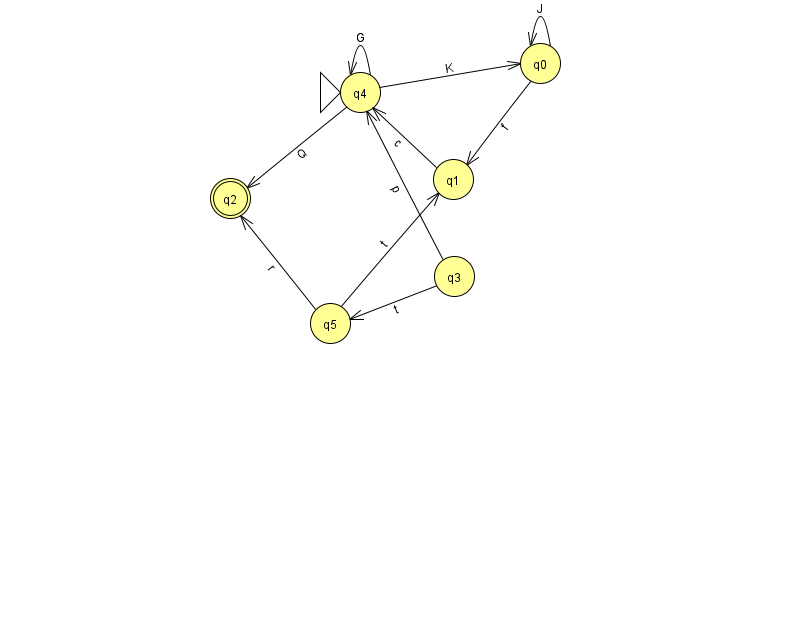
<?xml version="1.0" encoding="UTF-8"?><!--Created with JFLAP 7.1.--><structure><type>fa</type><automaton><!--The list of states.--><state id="0" name="q0"><x>540.0</x><y>50.0</y></state><state id="1" name="q1"><x>453.0</x><y>166.0</y></state><state id="2" name="q2"><x>230.0</x><y>185.0</y><final/></state><state id="3" name="q3"><x>454.0</x><y>263.0</y></state><state id="4" name="q4"><x>360.0</x><y>79.0</y><initial/></state><state id="5" name="q5"><x>330.0</x><y>310.0</y></state><!--The list of transitions.--><transition><from>4</from><to>0</to><read>K</read></transition><transition><from>3</from><to>4</to><read>p</read></transition><transition><from>1</from><to>4</to><read>c</read></transition><transition><from>5</from><to>1</to><read>t</read></transition><transition><from>3</from><to>5</to><read>t</read></transition><transition><from>4</from><to>4</to><read>G</read></transition><transition><from>0</from><to>0</to><read>J</read></transition><transition><from>0</from><to>1</to><read>f</read></transition><transition><from>4</from><to>2</to><read>Q</read></transition><transition><from>5</from><to>2</to><read>r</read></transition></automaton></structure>